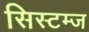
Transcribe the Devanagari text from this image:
सिस्टम्ज